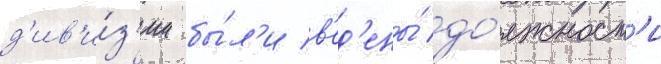
д'ив'и́з'ии бы́л'и в'ед'ены́ до́лжност'и